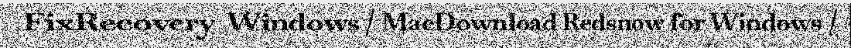
FixRecovery  Windows / MacDownload Redsn0w for Windows /